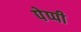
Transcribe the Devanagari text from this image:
पेप्पी